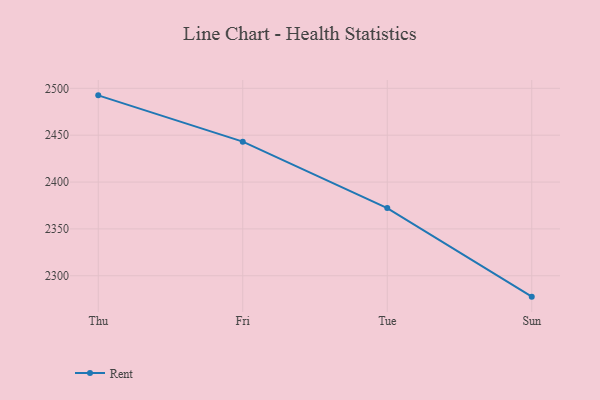
{"axis": {"x": "Day", "y": "Conversion Rate (%)"}, "legend": ["Rent"], "data": [{"x": "Thu", "y": 2492.5, "type": "Rent"}, {"x": "Fri", "y": 2443.1, "type": "Rent"}, {"x": "Tue", "y": 2372.2, "type": "Rent"}, {"x": "Sun", "y": 2277.7, "type": "Rent"}]}